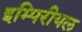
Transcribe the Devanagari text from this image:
इम्पिरीयल